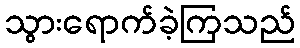
သွားရောက်ခဲ့ကြသည်